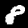
Digit: 8